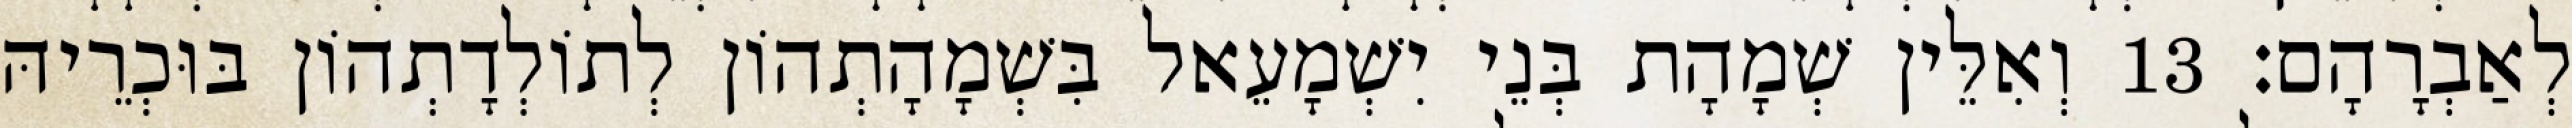
לְאַבְרָהָם׃ 13 וְאִלֵּין שְׁמָהָת בְּנֵי יִשְׁמָעֵאל בִּשְׁמָהָתְהוֹן לְתוֹלְדָתְהוֹן בּוּכְרֵיהּ